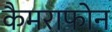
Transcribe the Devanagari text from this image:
कैमराफोन